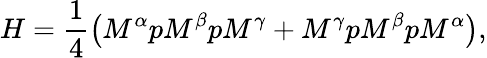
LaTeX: H=\frac{1}{4}\left(M^{\alpha}pM^{\beta}pM^{\gamma}+M^{\gamma}pM^{\beta}pM^{\alpha}\right),